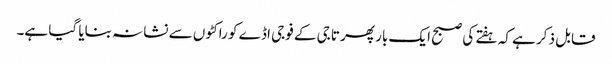
قابل ذکر ہے کہ ہفتے کی صبح ایک بار پھر تاجی کے فوجی اڈے کو راکٹوں سے نشانہ بنایا گیا ہے۔